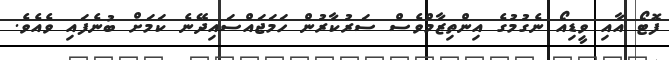
ފޮޓޯ އާއި ވީޑިއޯ ނެގުމުގެ އިންތިޒާމްވެސް ސަރުކާރުން ހަމަޖައްސައިދޭނެ ކަމަށް ބުނެފައި ވެއެވެ.